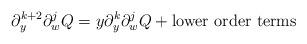
LaTeX: \begin{align*}\partial_y^{k+2}\partial_w^jQ = y\partial_y^k\partial_w^jQ + \textrm{lower order terms}\end{align*}